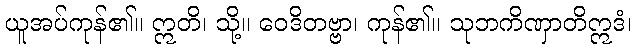
ယူအပ်ကုန်၏။ ဣတိ၊ သို့။ ဝေဒိတဗ္ဗာ၊ ကုန်၏။ သုဘကိဏှာတိဣဒံ၊